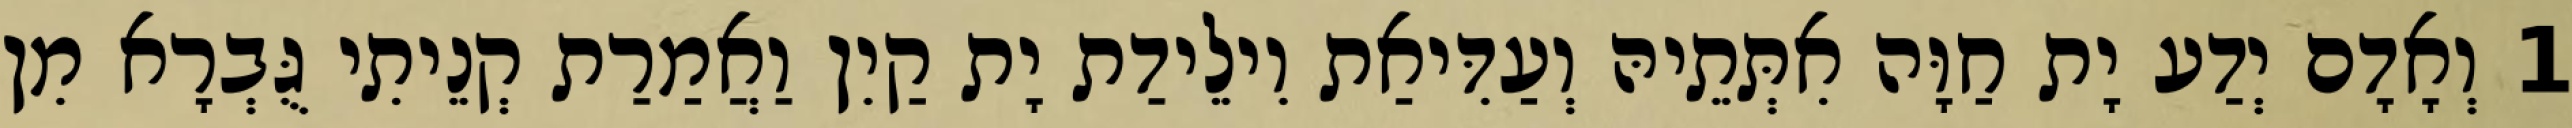
1 וְאָדָם יְדַע יָת חַוָּה אִתְּתֵיהּ וְעַדִּיאַת וִילֵידַת יָת קַיִן וַאֲמַרַת קְנֵיתִי גֻּבְרָא מִן